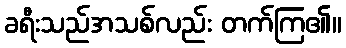
ခရီးသည်အသစ်လည်း တက်ကြ၏။